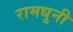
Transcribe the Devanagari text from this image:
रामधुनी